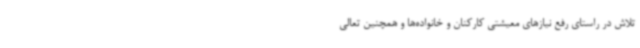
تلاش در راستای رفع نیازهای معیشتی کارکنان و خانواده‌ها و همچنین تعالی